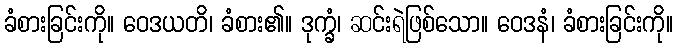
ခံစားခြင်းကို။ ဝေဒယတိ၊ ခံစား၏။ ဒုက္ခံ၊ ဆင်းရဲဖြစ်သော။ ဝေဒနံ၊ ခံစားခြင်းကို။